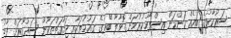
ސަރުކާރުގެ ބައެއް ކަންކަން އިސްލާހުކުރުމަށް ގޮވާލާ ބޭރުގެ ގައުމުތަކާއި ޖަމާއަތްތަކުން ސަރުކާރަށް ފާޑު